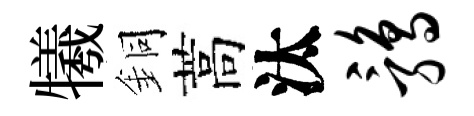
犧銅蒿汰鹑